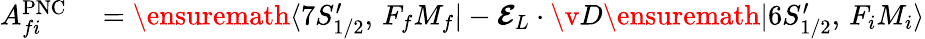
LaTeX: \begin{array}{rl}{A_{fi}^{\mathrm{PNC}}}&{{}=\ensuremath{\langle 7S_{1/2}^{\prime},\, F_{f}M_{f}|}-\mathbfcal{E}_{L}\cdot{\v{D}}\ensuremath{|6S_{1/2}^{\prime},\, F_{i}M_{i}\rangle}}\end{array}